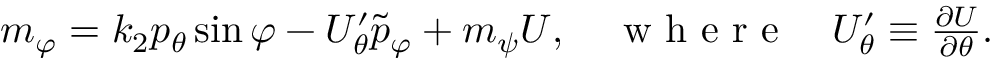
\begin{array} { r } { m _ { \varphi } = k _ { 2 } p _ { \theta } \sin \varphi - U _ { \theta } ^ { \prime } \tilde { p } _ { \varphi } + m _ { \psi } U , \quad \mathrm { ~ w ~ h ~ e ~ r ~ e ~ } \quad U _ { \theta } ^ { \prime } \equiv \frac { \partial U } { \partial \theta } . } \end{array}